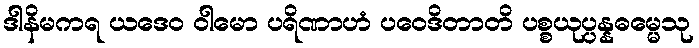
ဒါနိမကရ ယဒေဝ ဝါမော ပရိဏာဟံ ပဝေဒိတာတိ ပစ္စယုပ္ပန္နဓမ္မေသု